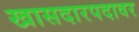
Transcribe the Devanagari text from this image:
खासदारपदावर